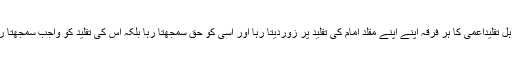
جبکہ اہل تقلیدِاعمیٰ کا ہر فرقہ اپنے اپنے مقلَّد امام کی تقلید پر زوردیتا رہا اور اسی کو حق سمجھتا رہا بلکہ اس کی تقلید کو واجب سمجھتا رہا ہے۔